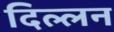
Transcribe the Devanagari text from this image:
दिल्लन